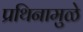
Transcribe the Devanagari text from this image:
प्रथिनामुळे